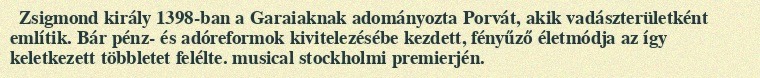
Zsigmond király 1398-ban a Garaiaknak adományozta Porvát, akik vadászterületként említik. Bár pénz- és adóreformok kivitelezésébe kezdett, fényűző életmódja az így keletkezett többletet felélte. musical stockholmi premierjén.